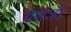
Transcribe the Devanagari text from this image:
वशंजो